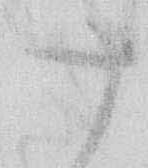
十